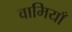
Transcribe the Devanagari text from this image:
वामियाँ